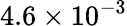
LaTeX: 4.6\times 10^{-3}